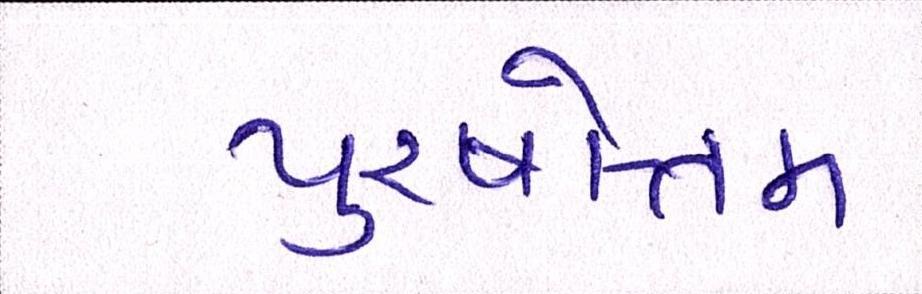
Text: પુરષોત્તમ